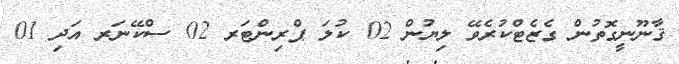
ޤާނޫނީގޮތުން ގެޒެޓްކުރެވޭ ލިޔުން 02 ކުލަ ޕްރިންޓަރ 02 ސްކޭނަރ އަދި 01